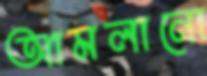
আমলানো